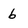
Character: 6